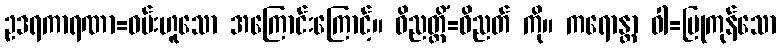
ဥဒရကာရဏာ=ဝမ်းဟူသော အကြောင်းကြောင့်။ ဝိညတ္တိံ=ဝိညတ် ကို။ ကရောန္တာ ဝါ=ပြုကုန်သော